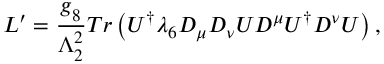
{ \cal L } ^ { \prime } = { \frac { g _ { 8 } ^ { \phantom { 2 } } } { \Lambda _ { 2 } ^ { 2 } } } T r \left( U ^ { \dagger } \lambda _ { 6 } D _ { \mu } D _ { \nu } U D ^ { \mu } U ^ { \dagger } D ^ { \nu } U \right) ,